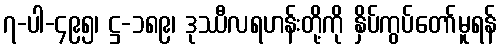
၇-ပါ-၄၉၅၊ ဋ္ဌ-၁၈၉၊ ဒုဿီလရဟန်းတို့ကို နှိပ်ကွပ်တော်မူရန်